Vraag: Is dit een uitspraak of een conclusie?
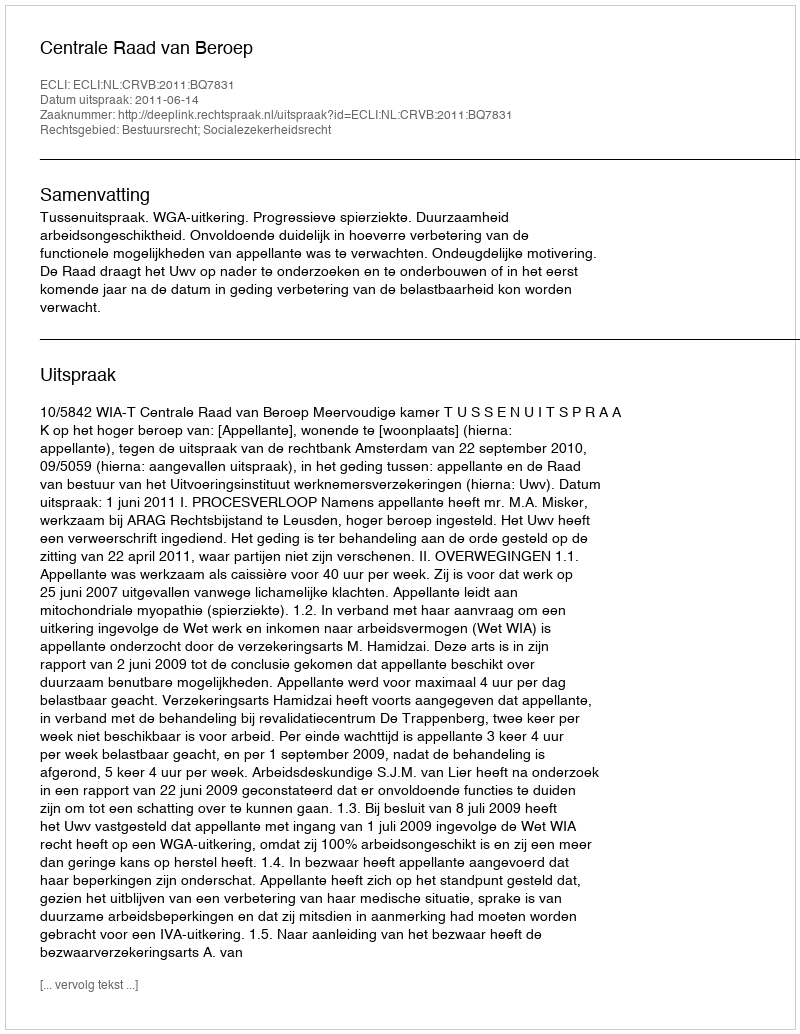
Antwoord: Uitspraak